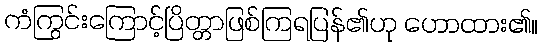
ကံကြွင်းကြောင့်ပြိတ္တာဖြစ်ကြရပြန်၏ဟု ဟောထား၏။